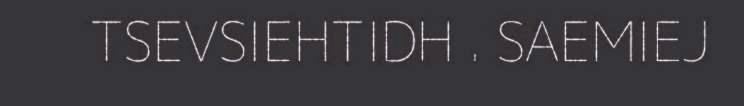
TSEVSIEHTIDH . SAEMIEJ